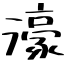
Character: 濠